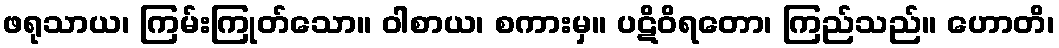
ဖရုသာယ၊ ကြမ်းကြုတ်သော။ ဝါစာယ၊ စကားမှ။ ပဋိဝိရတော၊ ကြည်သည်။ ဟောတိ၊